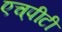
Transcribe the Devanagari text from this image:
एच्‌पीटी